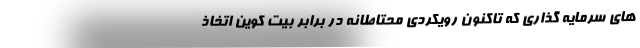
های سرمایه گذاری که تاکنون رویکردی محتاطانه در برابر بیت کوین اتخاذ